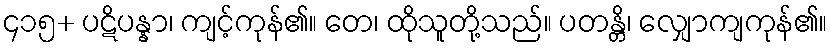
၄၁၅+ ပဋိပန္နာ၊ ကျင့်ကုန်၏။ တေ၊ ထိုသူတို့သည်။ ပတန္တိ၊ လျှောကျကုန်၏။